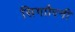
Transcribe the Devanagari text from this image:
सिगाौरनी